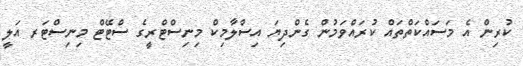
ކުރިން އެ މަސައްކަތްތައް ކުރައްވަމުން ގެންދިޔަ އިސްލާމިކް މިނިސްޓްރީގެ ސްޓޭޓް މިނިސްޓަރ އަލީ